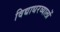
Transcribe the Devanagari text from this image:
विद्याधरव्यालों